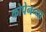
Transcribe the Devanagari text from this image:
कोपेनच्या